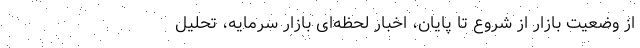
از وضعیت بازار از شروع تا پایان، اخبار لحظه‌ای بازار سرمایه، تحلیل